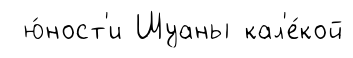
ю́ност'и Шуаны кал'е́кой